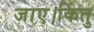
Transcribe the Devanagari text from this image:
जाए।किंतु